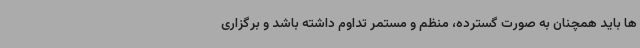
ها باید همچنان به صورت گسترده، منظم و مستمر تداوم داشته باشد و برگزاری